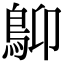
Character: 𩾱